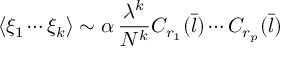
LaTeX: \langle \xi _ { 1 } \cdots \xi _ { k } \rangle \sim \alpha \, \frac { \lambda ^ { k } } { N ^ { k } } C _ { r _ { 1 } } ( { \bar { l } } ) \cdots C _ { r _ { p } } ( { \bar { l } } )